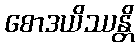
စောဒယိဿန္တိ